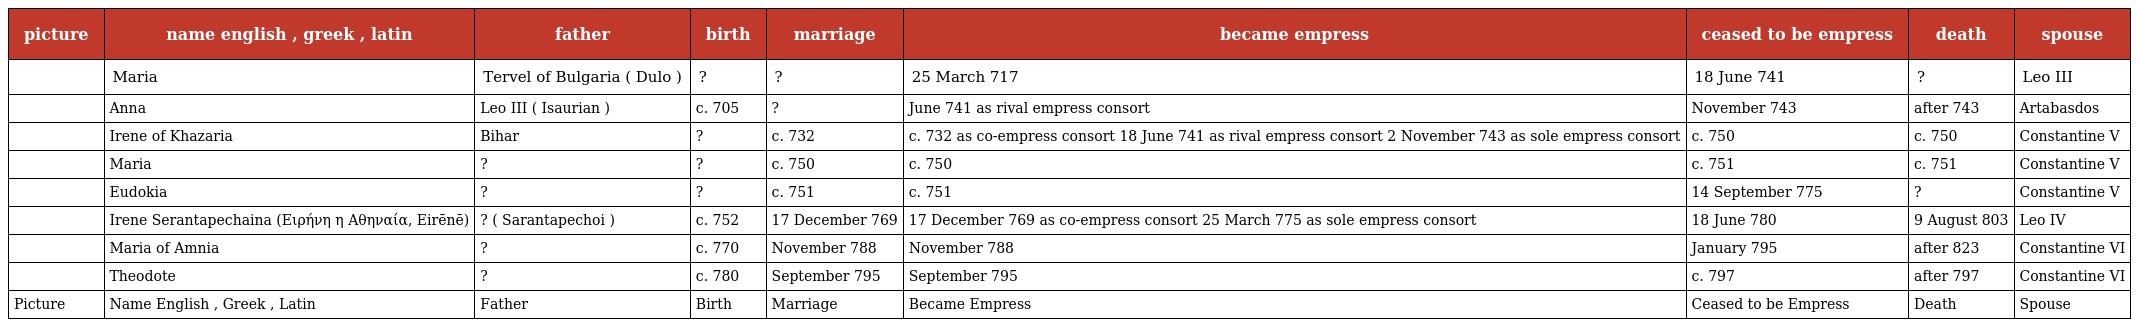
| picture | name english , greek , latin | father | birth | marriage | became empress | ceased to be empress | death | spouse |
 | --- | --- | --- | --- | --- | --- | --- | --- | --- |
 |  | Maria | Tervel of Bulgaria ( Dulo ) | ? | ? | 25 March 717 | 18 June 741 | ? | Leo III |
 |  | Anna | Leo III ( Isaurian ) | c. 705 | ? | June 741 as rival empress consort | November 743 | after 743 | Artabasdos |
 |  | Irene of Khazaria | Bihar | ? | c. 732 | c. 732 as co-empress consort 18 June 741 as rival empress consort 2 November 743 as sole empress consort | c. 750 | c. 750 | Constantine V |
 |  | Maria | ? | ? | c. 750 | c. 750 | c. 751 | c. 751 | Constantine V |
 |  | Eudokia | ? | ? | c. 751 | c. 751 | 14 September 775 | ? | Constantine V |
 |  | Irene Serantapechaina (Ειρήνη η Αθηναία, Eirēnē) | ? ( Sarantapechoi ) | c. 752 | 17 December 769 | 17 December 769 as co-empress consort 25 March 775 as sole empress consort | 18 June 780 | 9 August 803 | Leo IV |
 |  | Maria of Amnia | ? | c. 770 | November 788 | November 788 | January 795 | after 823 | Constantine VI |
 |  | Theodote | ? | c. 780 | September 795 | September 795 | c. 797 | after 797 | Constantine VI |
 | Picture | Name English , Greek , Latin | Father | Birth | Marriage | Became Empress | Ceased to be Empress | Death | Spouse |